Note on the mental hospitals in Burma - 1925-1940
Year: 1925
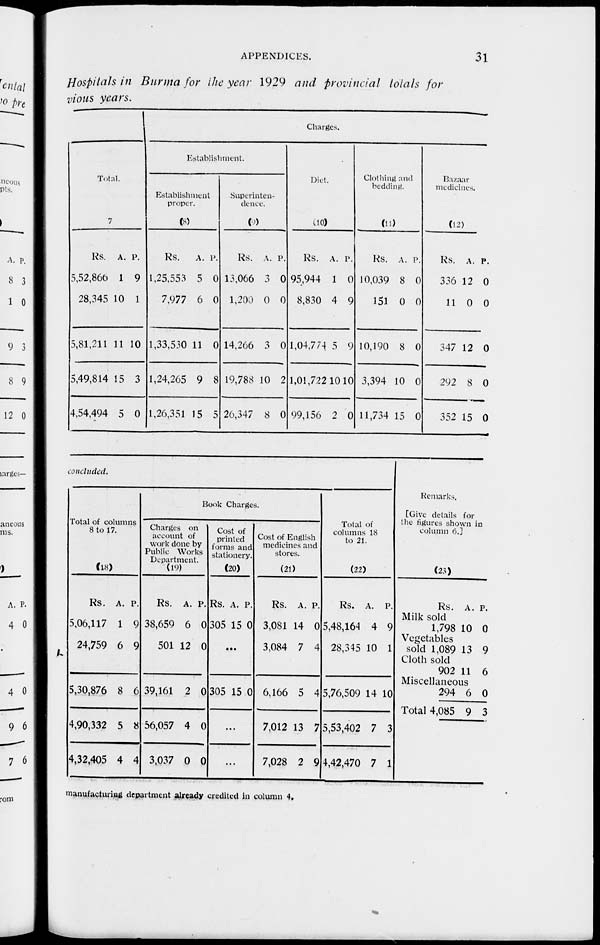
APPENDICES.
31
Hospitals in Burma for the year 1929 and provincial totals for
vious years.
1
Total.
7
Rs.
5,52,866
28,345
5,81,211
5,49,814
4,54,494
A.
1
10
11
15
5
P.
9
1
10
3
0
Charges.
Establishment.
Establishment
proper.
(8)
Rs.
1,25,553
7,977
1,33,530
1,24,265
1,26,351
A.
5
6
11
9
15
P.
0
0
0
8
5
Superinten-
dence.
(9)
Rs.
13,066
1,200
14,266
19,788
20,347
A.
3
0
3
10
8
P.
0
0
0
2
0
Diet.
(10)
Rs.
95,944
8,830
1,04,774
1,01,722
99,156
A.
1
4
5
10
2
P.
0
9
9
10
0
Clothing and
bedding.
(11)
Rs.
10,039
151
10,190
3,394
11,734
A.
8
0
8
10
15
P.
0
0
0
0
0
Bazaar
medicines.
(12)
Rs.
336
11
347
292
352
A.
12
0
12
8
15
P.
0
0
0
0
0
concluded.
Total of columns
8 to 17.
(18)
Rs.
5,06,117
24,759
5,30,876
4,90,332
4,32,405
A.
1
6
8
5
4
P.
9
9
6
8
4
Book Charges.
Charges on
account of
work done by
Public Works
Department.
(19)
Rs.
38,659
501
39,161
56,057
3,037
A.
6
12
2
4
0
P.
0
0
0
0
0
Cost of
printed
forms and
stationery.
(20)
Rs.
305
A.
15
P.
0
...
305 15 0
...
...
Cost of English
medicines and
stores.
(21)
Rs.
3,081
3,084
6,166
7,012
7,028
A.
14
7
5
13
2
P.
0
4
4
7
9
Total of
columns 18
to 21.
(22)
Rs.
5,48,164
28,345
5,76,509
5,53,402
4,42,470
A.
4
10
14
7
7
P.
9
1
10
3
1
Remarks.
[Give details for
the figures shown in
column 6.]
(23)
Rs.
Milk sold
1,798
Vegetables
sold 1,089
Cloth sold
902
Miscellaneous
294
Total 4,085
A.
10
13
11
6
9
P.
0
9
6
0
3
manufacturing department already credited in column 4.